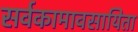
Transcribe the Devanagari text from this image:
सर्वकामावसायिता